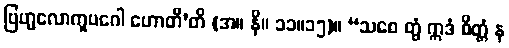
ဗြဟ္မလောကူပဂေါ ဟောတီ’တိ (အ။ နိ။ ၁၁။၁၅)။ “သစေ တွံ ဣဒံ စိတ္တံ န